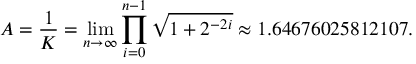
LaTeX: A = { \frac { 1 } { K } } = \operatorname* { l i m } _ { n \to \infty } \prod _ { i = 0 } ^ { n - 1 } { \sqrt { 1 + 2 ^ { - 2 i } } } \approx 1 . 6 4 6 7 6 0 2 5 8 1 2 1 0 7 .